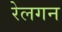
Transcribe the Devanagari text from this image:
रेलगन